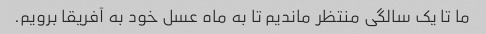
ما تا یک سالگی منتظر ماندیم تا به ماه عسل خود به آفریقا برویم.